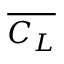
\overline { { C _ { L } } }